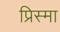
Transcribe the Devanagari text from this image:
प्रिस्मा